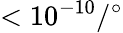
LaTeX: <10^{-10}/{}^{\circ}